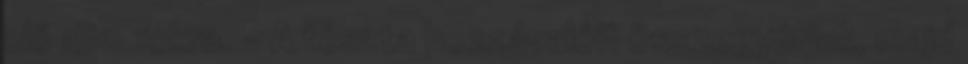
elő 180 fokra. - A tészta hozzávalóit összegyúrjuk, majd